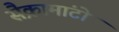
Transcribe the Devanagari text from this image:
सैक्रामांटो